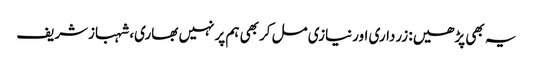
یہ بھی پڑھیں: زرداری اورنیازی مل کربھی ہم پرنہیں بھاری، شہبازشریف